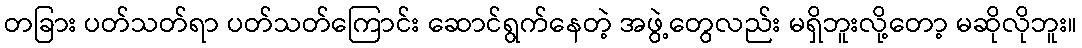
တခြား ပတ်သတ်ရာ ပတ်သတ်ကြောင်း ဆောင်ရွက်နေတဲ့ အဖွဲ့တွေလည်း မရှိဘူးလို့တော့ မဆိုလိုဘူး။